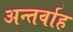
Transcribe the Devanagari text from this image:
अन्‍तर्वाह